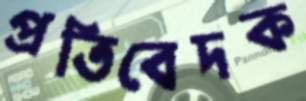
প্রতিবেদক